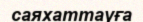
саяхаттауға